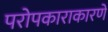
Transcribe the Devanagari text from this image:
परोपकाराकारणे